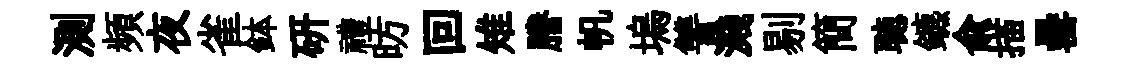
測頻夜雀鉢研禮昉回雉謄帆塢讐濺剔簡聴鑣兪描罍